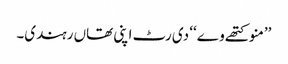
’’منو کتھے وے‘‘ دی رٹ اپنی تھاں رہندی۔